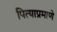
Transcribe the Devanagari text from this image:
पित्याप्रमाणे